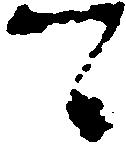
可